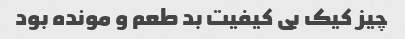
چیز کیک بی کیفیت بد طعم و مونده بود